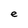
Character: e